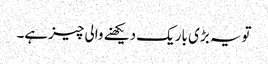
تویہ بڑی باریک دیکھنے والی چیزہے۔